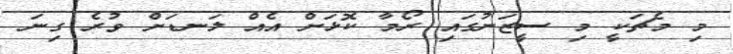
މި މެޗަކީ މި ސީޒަނުގައި ރޯމާ ކޮޅަށް އެއް ލަނޑަށް ވުރެ ގިނަ